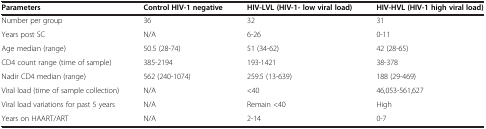
<table><thead><tr><td><b>Parameters</b></td><td><b>Control HIV-1 negative</b></td><td><b>HIV-LVL (HIV-1- low viral load)</b></td><td><b>HIV-HVL (HIV-1 high viral load)</b></td></tr></thead><tbody><tr><td>Number per group</td><td>36</td><td>32</td><td>31</td></tr><tr><td>Years post SC</td><td>N/A</td><td>6-26</td><td>0-11</td></tr><tr><td>Age median (range)</td><td>50.5 (28-74)</td><td>51 (34-62)</td><td>42 (28-65)</td></tr><tr><td>CD4 count range (time of sample)</td><td>385-2194</td><td>193-1421</td><td>38-378</td></tr><tr><td>Nadir CD4 median (range)</td><td>562 (240-1074)</td><td>259.5 (13-639)</td><td>188 (29-469)</td></tr><tr><td>Viral load (time of sample collection)</td><td>N/A</td><td>&lt;40</td><td>46,053-561,627</td></tr><tr><td>Viral load variations for past 5 years</td><td>N/A</td><td>Remain &lt;40</td><td>High</td></tr><tr><td>Years on HAART/ART</td><td>N/A</td><td>2-14</td><td>0-7</td></tr></tbody></table>